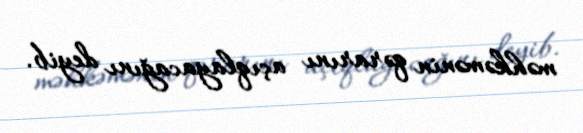
məhkəmənin qərarını açıqlayacağını deyib.